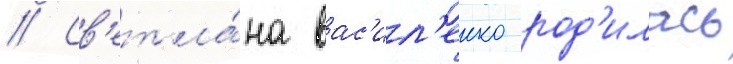
// Св'етла́на вас'ил'енко род'илась